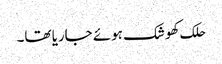
حلک کھوشک ہوئے جاریا تھا۔